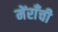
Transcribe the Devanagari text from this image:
मेंराँची